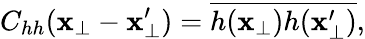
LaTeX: C_{hh}(\mathbf{x}_{\perp}-\mathbf{x}_{\perp}^{\prime})=\overline{{h(\mathbf{x}_{\perp})h(\mathbf{x}_{\perp}^{\prime})}},